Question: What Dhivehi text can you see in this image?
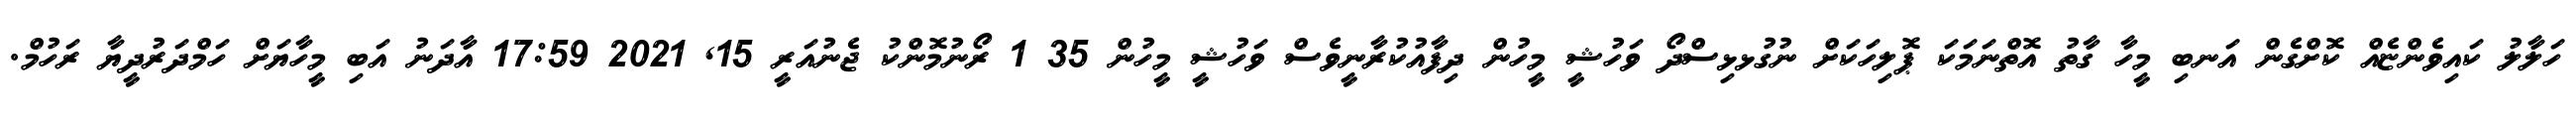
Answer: ހަލާލު ކައިވެންޏެއް ކޮށްގެން އަނބި މީހާ ގާތު އޮތްނަމަކަ ޕޮލިހަކަށް ނުގުޅޅިސްދޯ ވަހުޝީ މީހުން ދިފާއުކުރާނީވެސް ވަހުޝީ މީހުން 35 1 ރޯނުމޮންކު ޖެނުއަރީ 15, 2021 17:59 އާދަނު އަބި މީހާޔަށް ހަމްދަރުދީޔާ ރަހުމް.